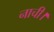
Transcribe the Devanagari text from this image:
नाची।